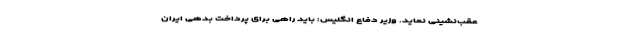
عقب‌نشینی نماید. وزیر دفاع انگلیس: باید راهی برای پرداخت بدهی ایران